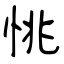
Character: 恌